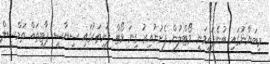
މިބަޔާނުގައި ބުނެފައިވަނީ ވޯޓްލުން ފެށުނުއިރު ގިނަ ވޯޓް ފޮށިތަކުގައި ސިޔާސީ ޕާޓީތައް ތަމްސީލް